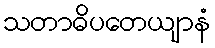
သတာဓိပတေယျာနံ